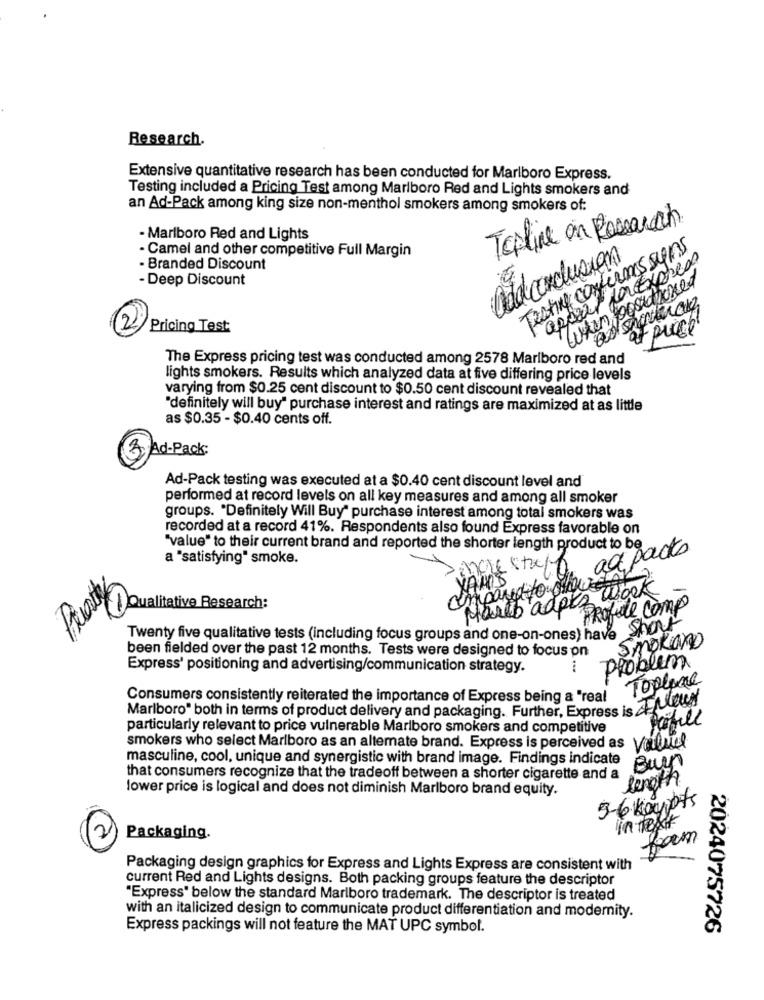
Research.
Extensive quantitative research has been conducted for Marlboro Express.
Testing included a Pricing Test among Marlboro Red and Lights smokers and
an Ad-Pack among king size non-menthol smokers among smokers of:
Topline on Research.
- Marlboro Red and Lights
Testing confirms syns
- Camel and other competitive Full Margin
addconclusion
appear per Express
- Branded Discount
- Deep Discount
when positioned
Pricing Test
a puce
The Express pricing test was conducted among 2578 Marlboro red and
lights smokers. Results which analyzed data at five differing price levels
varying from $0.25 cent discount to $0.50 cent discount revealed that
"definitely will buy" purchase interest and ratings are maximized at as little
as $0.35 - $0.40 cents off.
Ad-Pack:
Ad-Pack testing was executed at a $0.40 cent discount level and
performed at record levels on all key measures and among all smoker
groups. "Definitely Will Buy" purchase interest among total smokers was
recorded at a record 41%. Respondents also found Express favorable on
"value" to their current brand and reported the shorter length product to be
ad packs
a "satisfying" smoke.
compared to allowtak
YAMS
Prate
Harch adok's Work
1 Qualitative Research:
Profite comp
Twenty five qualitative tests (including focus groups and one-on-ones) have Show
Smokand
been fielded over the past 12 months. Tests were designed to focus on
Express' positioning and advertising/communication strategy.
Problem
Topline
Consumers consistently reiterated the importance of Express being a "real
Marlboro" both in terms of product delivery and packaging. Further, Express is Then
Partill
particularly relevant to price vulnerable Marlboro smokers and competitive
smokers who select Marlboro as an alternate brand. Express is perceived as
masculine, cool, unique and synergistic with brand image. Findings indicate
Burn
that consumers recognize that the tradeoff between a shorter cigarette and a
lower price is logical and does not diminish Marlboro brand equity.
5-6 Kaypts
In text
2
Packaging.
from
Packaging design graphics for Express and Lights Express are consistent with
current Red and Lights designs. Both packing groups feature the descriptor
"Express" below the standard Marlboro trademark. The descriptor is treated
with an italicized design to communicate product differentiation and modernity.
Express packings will not feature the MAT UPC symbol.
2024075726